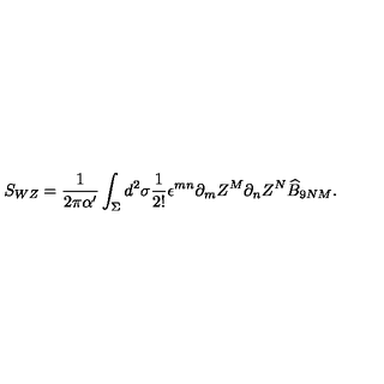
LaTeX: S _ { W Z } = \frac { 1 } { 2 \pi \alpha ^ { \prime } } \int _ { \Sigma } d ^ { 2 } \sigma \frac { 1 } { 2 ! } \epsilon ^ { m n } \partial _ { m } Z ^ { M } \partial _ { n } Z ^ { N } \widehat { B } _ { 9 N M } .